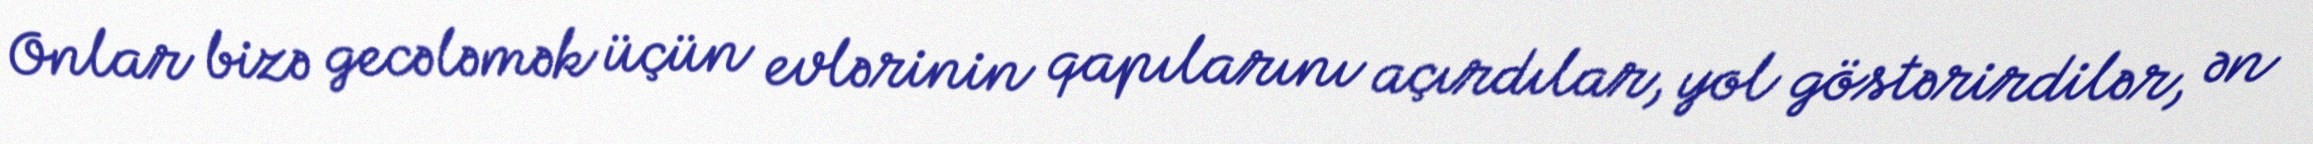
Onlar bizə gecələmək üçün evlərinin qapılarını açırdılar, yol göstərirdilər, ən